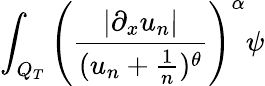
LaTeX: \int_{Q_{T}}\left(\frac{|\partial_{x}u_{n}|}{(u_{n}+\frac{1}{n})^{\theta}}\right)^{\alpha}\psi